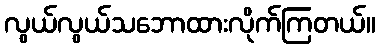
လွယ်လွယ်သဘောထားလိုက်ကြတယ်။